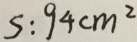
S : 9 4 c m ^ { 2 }